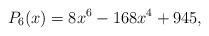
LaTeX: \begin{align*}P_6(x)=8 x^6 -168 x^4+945,\end{align*}